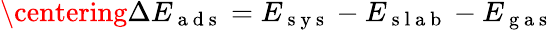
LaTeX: \centering\Delta E_{\mathrm{~a~d~s~}}=E_{\mathrm{~s~y~s~}}-E_{\mathrm{~s~l~a~b~}}-E_{\mathrm{~g~a~s~}}